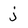
Character: j